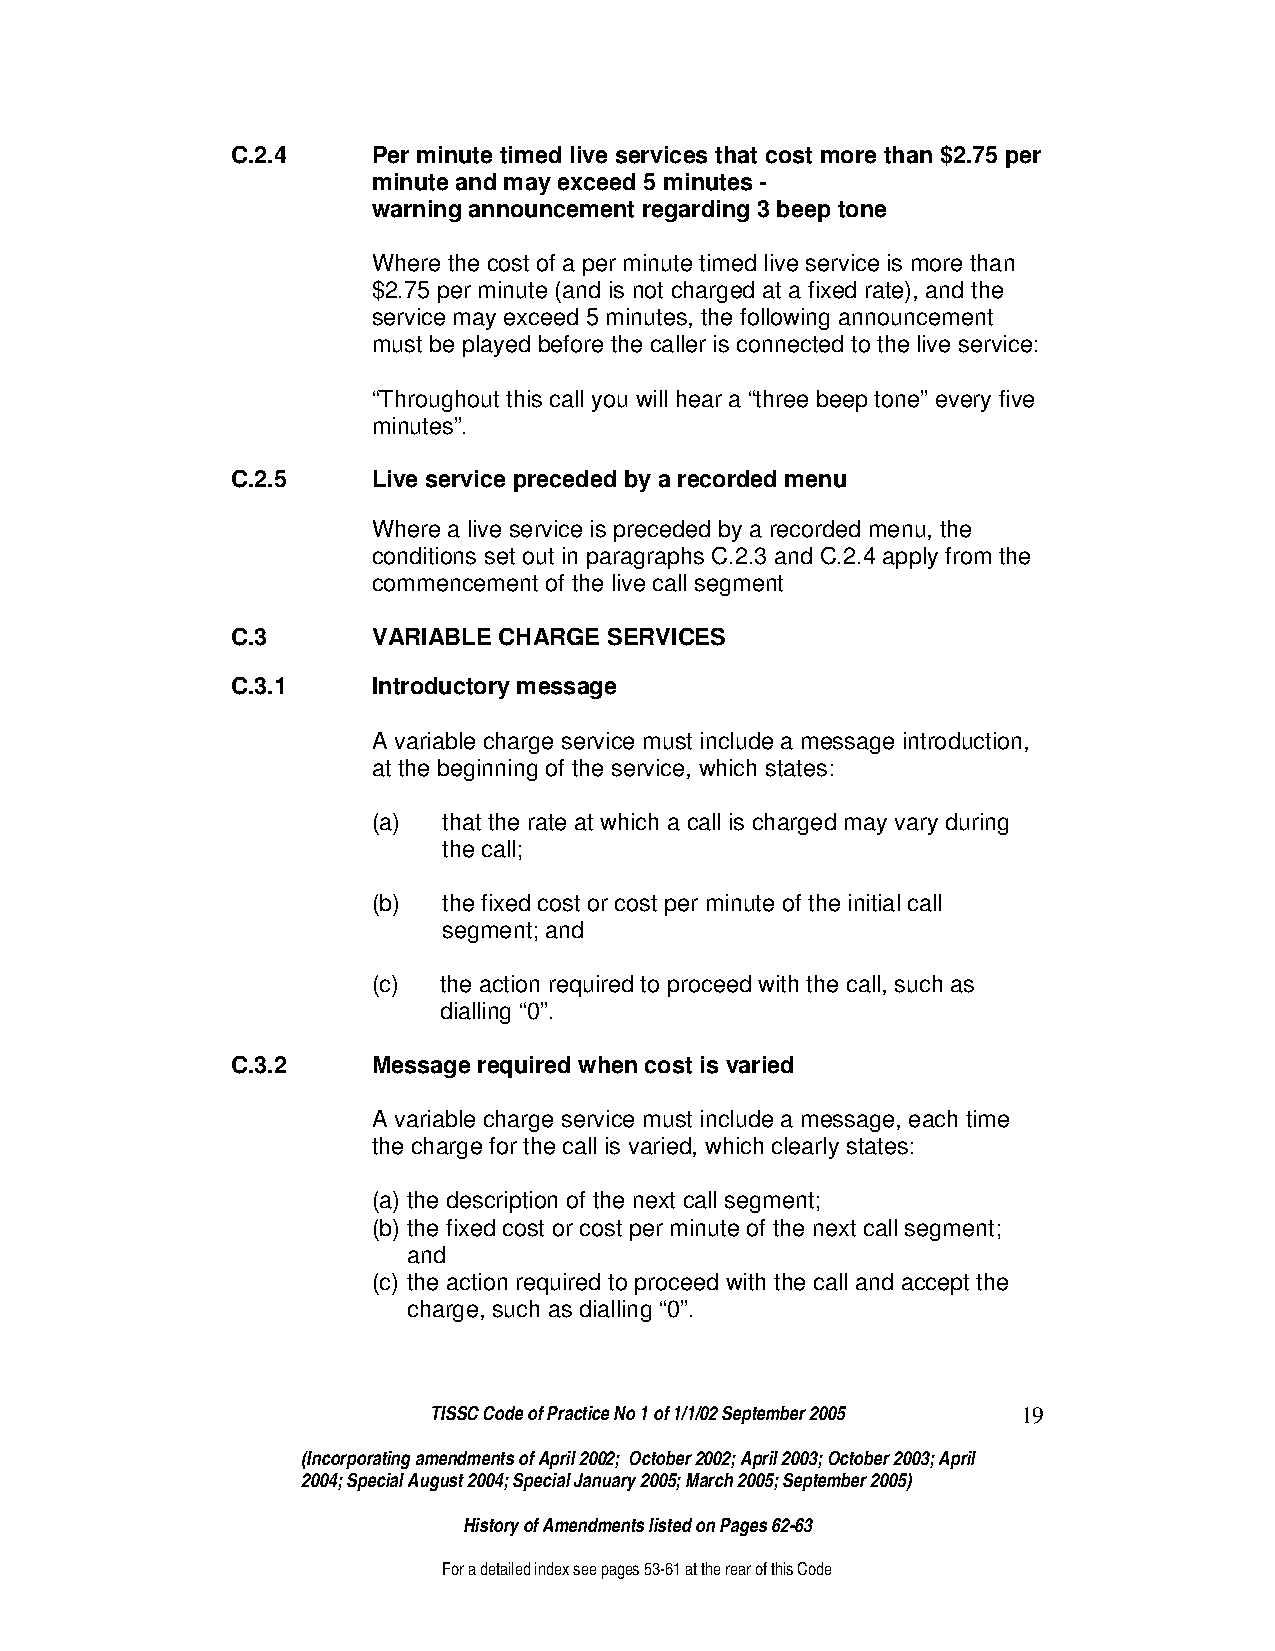
C.2.4     Per minute timed live services that cost more than $2.75 per
 minute and may exceed 5 minutes -
 warning announcement regarding 3 beep tone
 Where the cost of a per minute timed live service is more than
 $2.75 per minute (and is not charged at a fixed rate), and the
 service may exceed 5 minutes, the following announcement
 must be played before the caller is connected to the live service:
 “Throughout this call you will hear a “three beep tone” every five
 minutes”.
 C.2.5     Live service preceded by a recorded menu
 Where a live service is preceded by a recorded menu, the
 conditions set out in paragraphs C.2.3 and C.2.4 apply from the
 commencement of the live call segment
 C.3       VARIABLE CHARGE SERVICES
 C.3.1     Introductory message
 A variable charge service must include a message introduction,
 at the beginning of the service, which states:
 (a) that the rate at which a call is charged may vary during
 the call;
 (b) the fixed cost or cost per minute of the initial call
 segment; and
 (c) the action required to proceed with the call, such as
 dialling “0”.
 C.3.2     Message required when cost is varied
 A variable charge service must include a message, each time
 the charge for the call is varied, which clearly states:
 (a) the description of the next call segment;
 (b) the fixed cost or cost per minute of the next call segment;
 and
 (c) the action required to proceed with the call and accept the
 charge, such as dialling “0”.
 TISSC Code of Practice No 1 of 1/1/02 September 2005 19
 (Incorporating amendments of April 2002; October 2002; April 2003; October 2003; April
 2004; Special August 2004; Special January 2005; March 2005; September 2005)
 History of Amendments listed on Pages 62-63
 For a detailed index see pages 53-61 at the rear of this Code